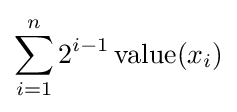
\sum \limits _{i=1}^{n}2^{i-1}\operatorname {value} (x_{i})